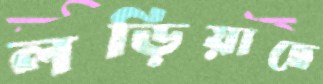
লড়িয়াছে